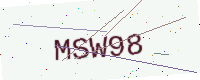
Text: MSW98